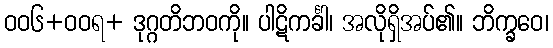
ဝဝ၆+ဝဝရ+ ဒုဂ္ဂတိဘဝကို။ ပါဋိကင်္ခါ၊ အလိုရှိအပ်၏။ ဘိက္ခဝေ၊